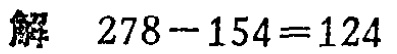
解 \(278 - 154 = 124\)